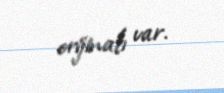
orijinalı var.